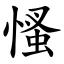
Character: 慅